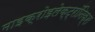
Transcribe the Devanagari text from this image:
माइक्रोइलेक्ट्रॉनिक्स